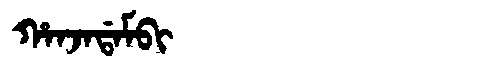
Manchu: ᡥᠠᠨᠵᠠᡩᠠᠮᠪᡳ
Romanization: HANJADAMBI